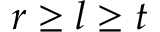
r \geq l \geq t